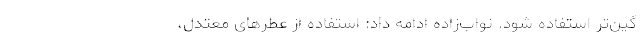
گین‌تر استفاده شود. نواب‌زاده ادامه داد: استفاده از عطرهای معتدل،